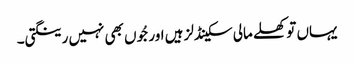
یہاں تو کھلے مالی سکینڈلز ہیں اور جُوں بھی نہیں رینگتی۔